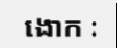
ងោក :